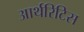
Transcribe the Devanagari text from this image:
आर्थरिटिस